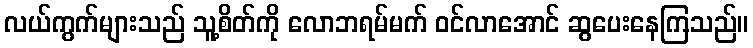
လယ်ကွက်များသည် သူ့စိတ်ကို လောဘရမ်မက် ဝင်လာအောင် ဆွပေးနေကြသည်။